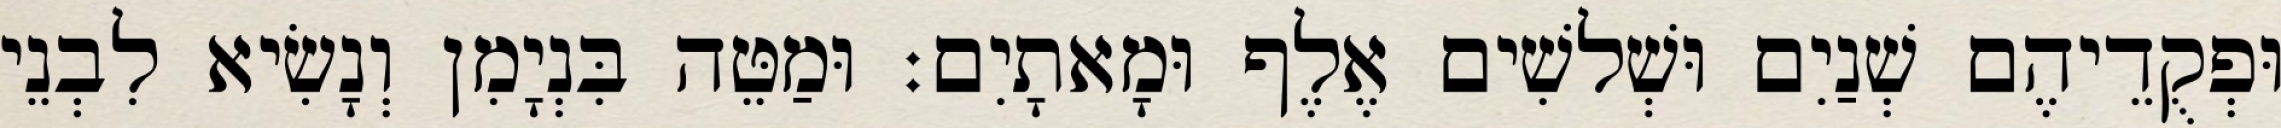
וּפְקֻדֵיהֶם שְׁנַיִם וּשְׁלשִׁים אֶלֶף וּמָאתָיִם׃ וּמַטֵּה בִּנְיָמִן וְנָשִׂיא לִבְנֵי